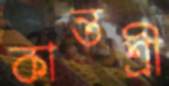
কান্তশ্রী